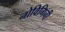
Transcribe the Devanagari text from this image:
नोविगिनी